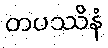
တပဿိနံ